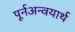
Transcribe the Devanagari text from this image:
पूर्नअन्वयार्थ